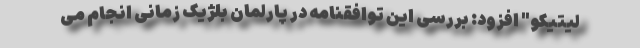
لیتیکو" افزود: بررسی این توافقنامه در پارلمان بلژیک زمانی انجام می